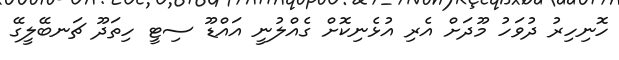
ހޮނިހިރު ދުވަހު މޫދަށް އެރި އުޅެނިކޮށް ގެއްލުނީ އައްޑޫ ސިޓީ ހިތަދޫ ޗަނބޭލީގޭ